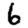
Digit: 6